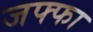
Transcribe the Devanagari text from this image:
जफ्फा